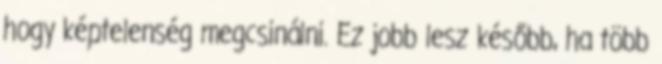
hogy képtelenség megcsinálni. Ez jobb lesz később, ha több